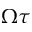
\Omega \tau